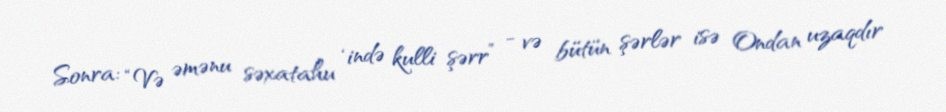
Sonra: “Və əmənu səxatahu ‘ində kulli şərr” - və bütün şərlər isə Ondan uzaqdır